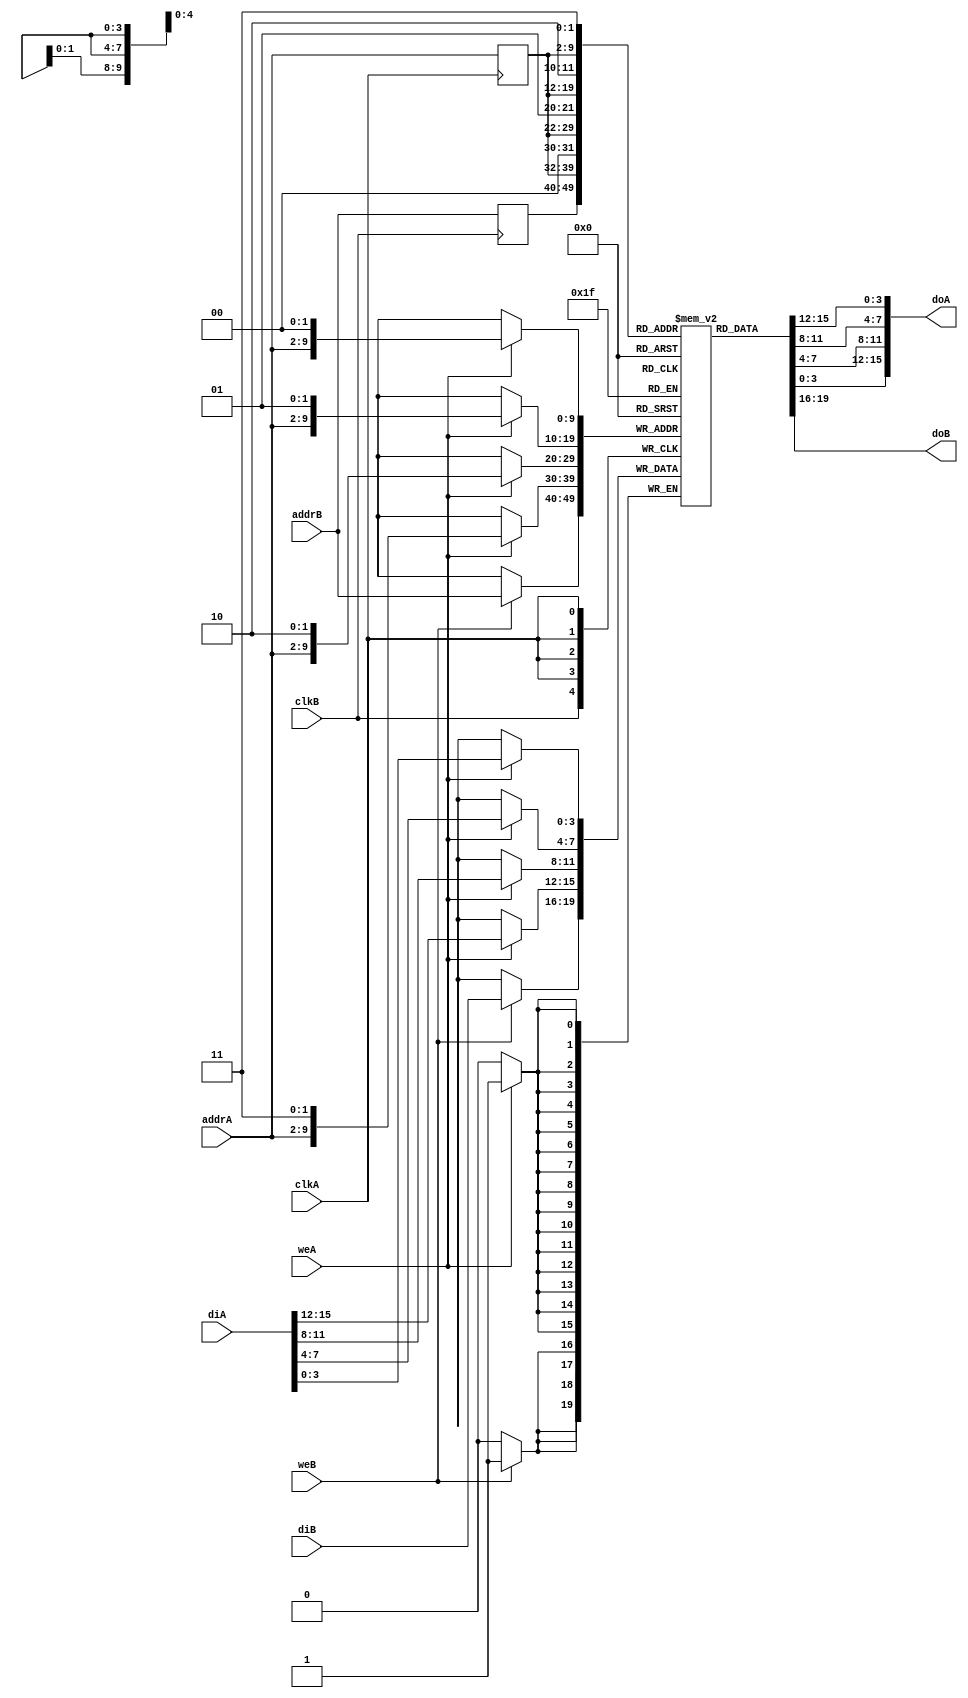
// Asymetric RAM - TDP
// READ_FIRST MODE.
// asym_ram_tdp_read_first_dc.v
module aysm_addr_reg_tdp_dc (clkA,clkB, weA, weB, addrA, addrB, diA, doA, diB, doB);

parameter WIDTHB = 4;
parameter SIZEB = 1024;
parameter ADDRWIDTHB = 10;
parameter WIDTHA = 16;
parameter SIZEA = 256;
parameter ADDRWIDTHA = 8;

input clkA,clkB;
input weA, weB;
input [ADDRWIDTHA-1:0] addrA;
input [ADDRWIDTHB-1:0] addrB;
input [WIDTHA-1:0] diA;
input [WIDTHB-1:0] diB;
output  [WIDTHA-1:0] doA;
output  [WIDTHB-1:0] doB;

reg [ADDRWIDTHA-1:0] addrA_reg;
reg [ADDRWIDTHB-1:0] addrB_reg;

`define max(a,b) {(a) > (b) ? (a) : (b)}
`define min(a,b) {(a) < (b) ? (a) : (b)}

function integer log2;
input integer value;
reg [31:0] shifted;
integer res;
begin
    if (value < 2)
        log2 = value;
    else
    begin
        shifted = value-1;
            for (res=0; shifted>0; res=res+1)
                shifted = shifted>>1;
                log2 = res;
    end
end
endfunction

localparam maxSIZE = `max(SIZEA, SIZEB);
localparam maxWIDTH = `max(WIDTHA, WIDTHB);
localparam minWIDTH = `min(WIDTHA, WIDTHB);
localparam RATIO = maxWIDTH / minWIDTH;
localparam log2RATIO = log2(RATIO);

reg [minWIDTH-1:0] RAM [0:maxSIZE-1];

always @(posedge clkB)
begin

    addrB_reg<=addrB; // Registering the portB address

    if (weB)begin
        RAM[addrB] <= diB;
    end
            
end

always @(posedge clkA)
begin : portA
integer i;
reg [log2RATIO-1:0] lsbaddr ;
addrA_reg <= addrA; // Registering the portA address
for (i=0; i< RATIO; i= i+ 1) 
        begin
            lsbaddr = i;
                    if (weA)begin
                        RAM[{addrA, lsbaddr}] <= diA[(i+1)*minWIDTH-1 -: minWIDTH];
                    end
        end
end



assign doB = RAM[addrB_reg];

assign doA[3:0]= RAM[{addrA_reg, 2'b00}];//doA[4-1:0]= doA[3:0]
assign doA[7:4] = RAM[{addrA_reg, 2'b01}];//doA[(2*4-1):4]= doA[7:4]
assign doA[11:8] = RAM[{addrA_reg, 2'b10}];//doA[(3*4-1):8]= doA[11:8]
assign doA[15:12] = RAM[{addrA_reg, 2'b11}];//doA[(4*4-1):12]= doA[15:12]


endmodule